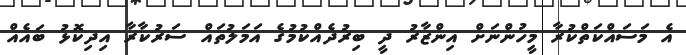
އެ މަސައްކަތްކުރާ މީހުންނަށް އިންޒާރު ދީ ބިރުދެއްކުމުގެ އަމަލުތައް ސަރުކާރާ އިދިކޮޅު ބައެއް